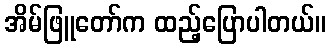
အိမ်ဖြူတော်က ထည့်ပြောပါတယ်။